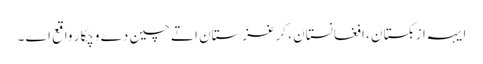
ایہہ ازبکستان ، افغانستان ، کرغزستان اتے چین دے وچکار واقع اے ۔